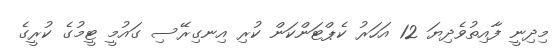
މިދިނީ ފާއިތުވެދިޔަ 12 އަހަރު ކެޕްޓަންކަން ކުރި އިނގިރޭސި ގައުމީ ޓީމުގެ ކުރީގެ